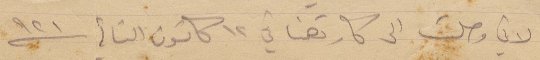
لاني وصلت الى كارتهنا في ١٢ كانون الثاني ١٩٢١